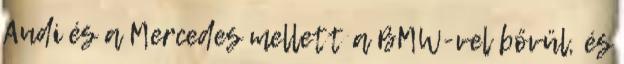
Audi és a Mercedes mellett a BMW-vel bővül, és